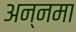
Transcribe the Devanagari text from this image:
अन्नमा